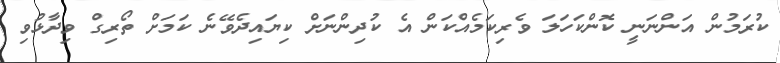
ކުރަމުން އަންނަނީ ކޮންކަހަަލަ ވެރިކަމެއްކަން އެ ކުދިންނަށް ކިޔައިދެވޭނެ ކަމަށް ތޯރިގް ވިދާޅުވި